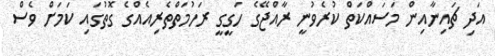
އަދި ޗައިނާއިން މަސައްކަތް ކުރެވުނީ ރާއްޖޭގެ ހަގީގީ ރަހުމަތްތެރިއެއްގެ ގޮތުގައި ކަމަށް ވެސް